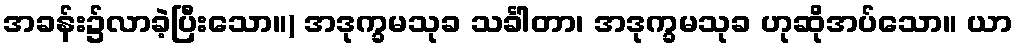
အခန်း၌လာခဲ့ပြီးသော။) အဒုက္ခမသုခ သင်္ခါတာ၊ အဒုက္ခမသုခ ဟုဆိုအပ်သော။ ယာ